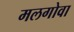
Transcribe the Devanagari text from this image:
मलगोवा